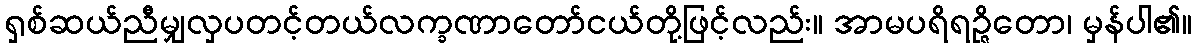
ရှစ်ဆယ်ညီမျှလှပတင့်တယ်လက္ခဏာတော်ငယ်တို့ဖြင့်လည်း။ အာမပရိရဉ္ဇိတော၊ မှန်ပါ၏။